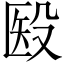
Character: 殹